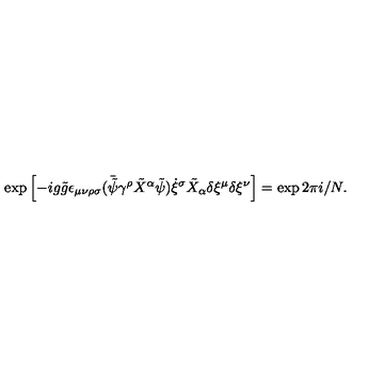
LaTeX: \exp \left[ - i g \tilde { g } \epsilon _ { \mu \nu \rho \sigma } ( \bar { \tilde { \psi } } \gamma ^ { \rho } \tilde { X } ^ { \alpha } \tilde { \psi } ) \dot { \xi } ^ { \sigma } \tilde { X } _ { \alpha } \delta \xi ^ { \mu } \delta \xi ^ { \nu } \right] = \exp 2 \pi i / N .